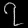
Digit: ၇